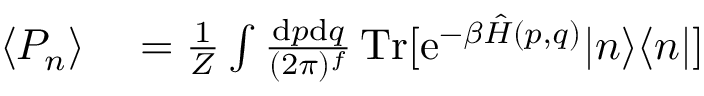
\begin{array} { r l } { \langle P _ { n } \rangle } & { { } = \frac { 1 } { Z } \int \frac { \mathrm { d } p \mathrm { d } q } { ( 2 \pi ) ^ { f } } \, \mathrm { T r } [ \mathrm { e } ^ { - \beta \hat { H } ( p , q ) } | n \rangle \langle n | ] } \end{array}